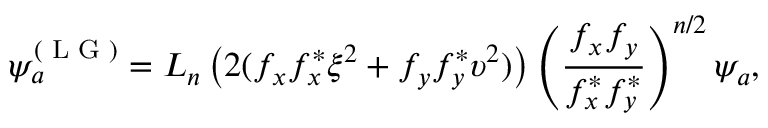
\psi _ { a } ^ { ( \textrm { L G } ) } = L _ { n } \left( 2 ( f _ { x } f _ { x } ^ { * } \xi ^ { 2 } + f _ { y } f _ { y } ^ { * } \upsilon ^ { 2 } ) \right) \left( \frac { f _ { x } f _ { y } } { f _ { x } ^ { * } f _ { y } ^ { * } } \right) ^ { n / 2 } \psi _ { a } ,